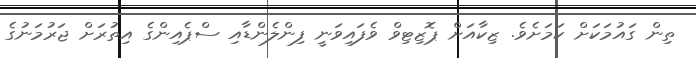
ތިން ގައުމަކަށް ކަމަށެވެ. ޒިކާއަށް ޕޮޒިޓިވް ވެފައިވަނީ ފިންލެންޑާއި ސްޕެއިންގެ އިތުރަށް ޖަރުމަނުގެ